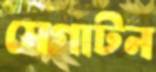
মেগাটন